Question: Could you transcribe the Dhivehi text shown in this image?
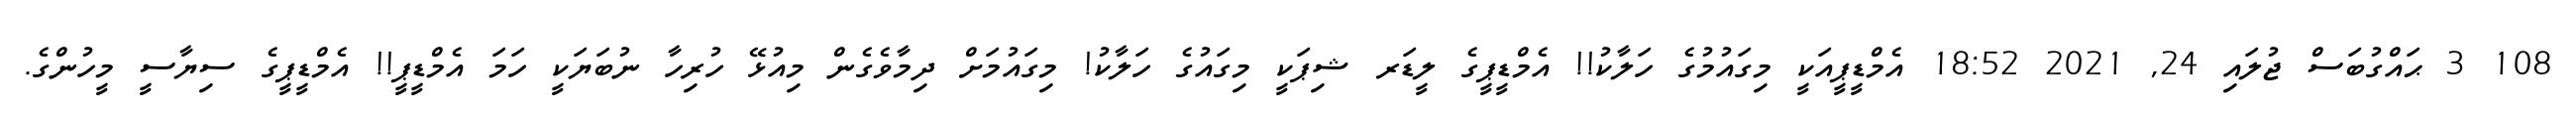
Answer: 108 3 ޙައްގުބަސް ޖުލައި 24, 2021 18:52 އެމްޑީޕީއަކީ މިގައުމުގެ ހަލާކު!! އެމްޑީޕީގެ ލީޑަރ ޝިޕަކީ މިގައުގެ ހަލާކު! މިގައުމަށް ދިމާވެގެން މިއުޅޭ ހުރިހާ ނުބަޔަކީ ހަމަ އެމްޑީޕީ!! އެމްޑީޕީގެ ސިޔާސީ މީހުންގެ.